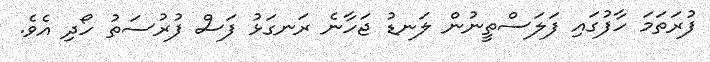
ފުރަތަމަ ހާފުގައި ފަލަސްތީނުން ލަނޑު ޖަހާނެ ރަނގަޅު ފަސް ފުރުސަތު ހޯދި އެވެ.